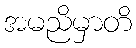
အမညိမှာတိ